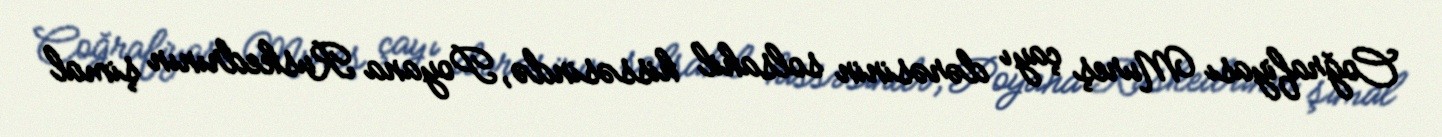
Coğrafiyası Mureş çayı dərəsinin solsahil hissəsində, Poyana Ruskedrının şimal